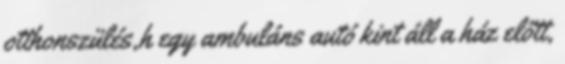
otthonszülés,h egy ambuláns autó kint áll a ház előtt,